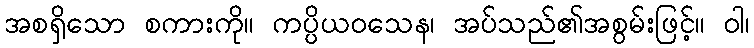
အစရှိသော စကားကို။ ကပ္ပိယဝသေန၊ အပ်သည်၏အစွမ်းဖြင့်။ ဝါ၊